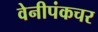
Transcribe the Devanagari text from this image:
वेनीपंकचर